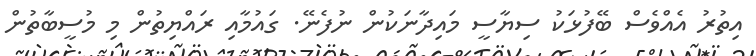
އިތުރު އެއްވެސް ބޭފުޅަކު ސިޔާސީ މައިދާނަކުން ނުފެނޭ. ގައުމާއި ރައްޔިތުން މި މުސީބާތުން